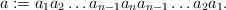
LaTeX: \begin{align*} a:=a_1 a_2\dots a_{n-1} a_n a_{n-1} \dots a_2 a_1. \end{align*}